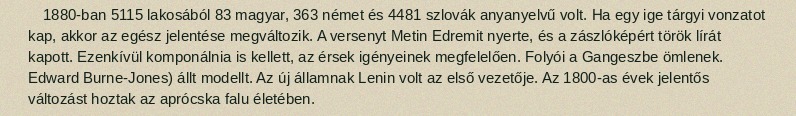
1880-ban 5115 lakosából 83 magyar, 363 német és 4481 szlovák anyanyelvű volt. Ha egy ige tárgyi vonzatot kap, akkor az egész jelentése megváltozik. A versenyt Metin Edremit nyerte, és a zászlóképért török lírát kapott. Ezenkívül komponálnia is kellett, az érsek igényeinek megfelelően. Folyói a Gangeszbe ömlenek. Edward Burne-Jones) állt modellt. Az új államnak Lenin volt az első vezetője. Az 1800-as évek jelentős változást hoztak az aprócska falu életében.